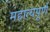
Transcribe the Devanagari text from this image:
महात्यपूर्ण